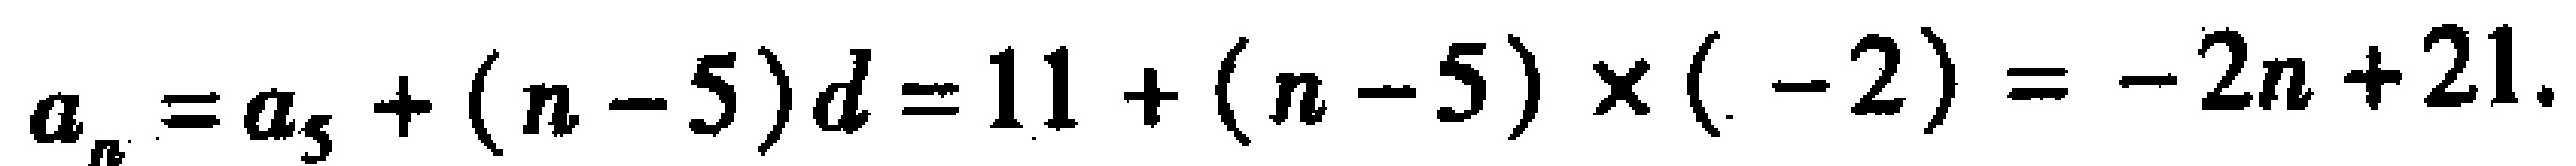
\(a_{n}=a_{5}+(n - 5)d=11+(n - 5)\times(-2)=-2n + 21.\)